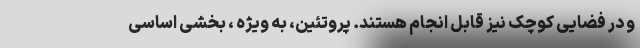
و در فضایی کوچک نیز قابل انجام هستند. پروتئین، به ویژه ، بخشی اساسی